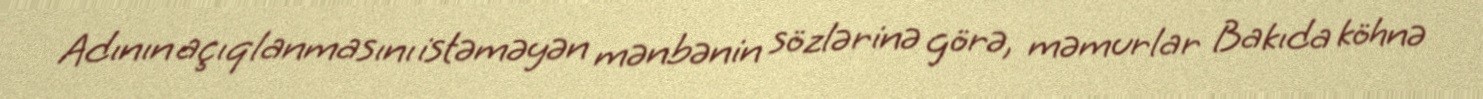
Adının açıqlanmasını istəməyən mənbənin sözlərinə görə, məmurlar Bakıda köhnə